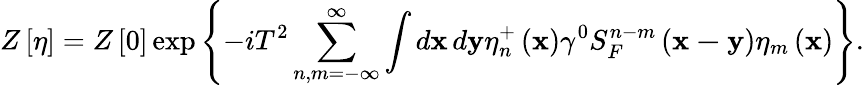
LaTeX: Z\left[\eta\right]=Z\left[0\right]\exp\left\{ -iT^{2}\sum_{n,m=-\infty}^{\infty}\int d\mathbf{x\, }d\mathbf{y}\eta_{n}^{+}\left(\mathbf{x}\right)\gamma^{0}S_{F}^{n-m}\left(\mathbf{x-y}\right)\eta_{m}\left(\mathbf{x}\right)\right\} .